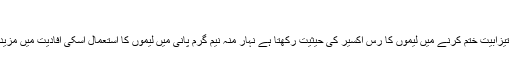
تیزابیت کا خاتمہ
معدے کی جلن یا تیزابیت ختم کرنے میں لیموں کا رس اکسیر کی حیثیت رکھتا ہے نہار منہ نیم گرم پانی میں لیموں کا استعمال اسکی افادیت میں مزید اضافہ کرتا ہے۔